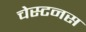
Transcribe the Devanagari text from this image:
चेस्टनस